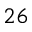
2 6